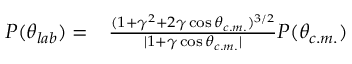
\begin{array} { r l } { P ( \theta _ { l a b } ) = } & { { } \frac { ( 1 + \gamma ^ { 2 } + 2 \gamma \cos \theta _ { c . m . } ) ^ { 3 / 2 } } { | 1 + \gamma \cos \theta _ { c . m . } | } P ( \theta _ { c . m . } ) } \end{array}